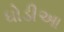
ધોડીઆ